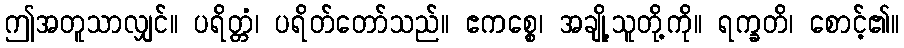
ဤအတူသာလျှင်။ ပရိတ္တံ၊ ပရိတ်တော်သည်။ ဧကစ္စေ၊ အချို့သူတို့ကို။ ရက္ခတိ၊ စောင့်၏။